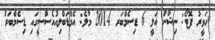
ހަވީރު ފޮޓޯ: ނިޝާން އަލީ 6 ޑިސެމްބަރ 2014 މާލެ: އެމްޑަބްލިއުއެސްސީގައި ޑިސެމްބަރު